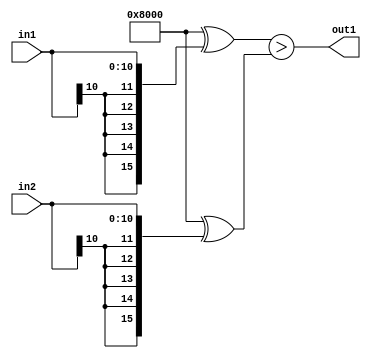
`timescale 1ps / 1ps
/*****************************************************************************
    Verilog RTL Description
    
    
    Created by: Stratus DpOpt 2019.1.01 
*******************************************************************************/

module SobelFilter_LessThan_11Sx11S_1U_4 (
	in2,
	in1,
	out1
	); /* architecture "behavioural" */ 
input [10:0] in2,
	in1;
output  out1;
wire  asc001;

assign asc001 = ((16'B1000000000000000 ^ {{5{in1[10]}}, in1})>(16'B1000000000000000 ^ {{5{in2[10]}},
    in2}));

assign out1 = asc001;
endmodule

/* CADENCE  ubf0Qwo= : u9/ySgnWtBlWxVPRXgAZ4Og= ** DO NOT EDIT THIS LINE ******/